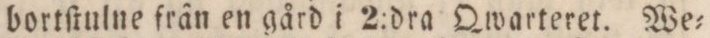
bortſtulne från en gård i 2:dra Qwarteret. We=